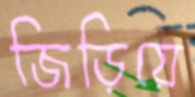
জিড়িয়ে